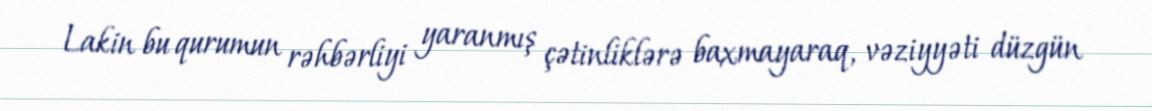
Lakin bu qurumun rəhbərliyi yaranmış çətinliklərə baxmayaraq, vəziyyəti düzgün